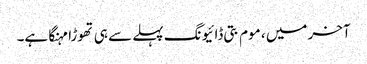
آخر میں ، موم بتی ڈائیونگ پہلے سے ہی تھوڑا مہنگا ہے۔